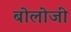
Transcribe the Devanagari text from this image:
बोलोजी